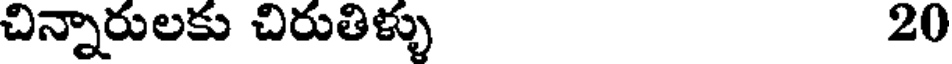
చిన్నారులకు చిరుతిళ్ళు 20